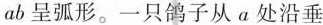
ab呈弧形。一只鸽子从α处沿垂